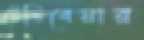
টেডিবেয়ার